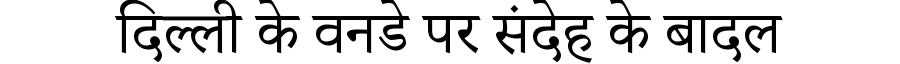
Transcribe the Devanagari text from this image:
दिल्ली के वनडे पर संदेह के बादल